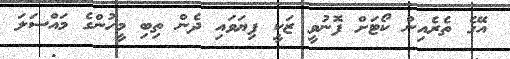
އޭގެ ތެރެއިން ކޯޓަށް ފޮނުވީ ޒަކީ ފިޔަވައި ދެން ތިބި މީހުންގެ މައްސަލަ